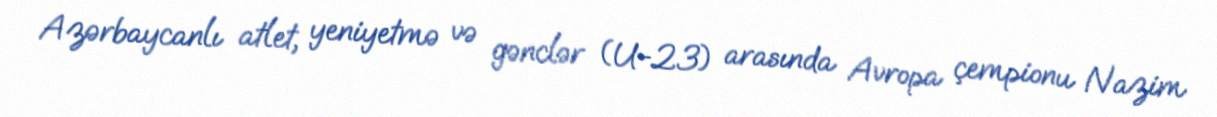
Azərbaycanlı atlet, yeniyetmə və gənclər (U-23) arasında Avropa çempionu Nazim